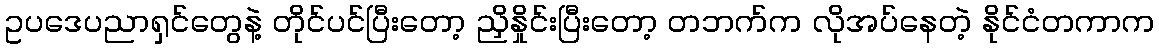
ဥပဒေပညာရှင်တွေနဲ့ တိုင်ပင်ပြီးတော့ ညှိနှိုင်းပြီးတော့ တဘက်က လိုအပ်နေတဲ့ နိုင်ငံတကာက